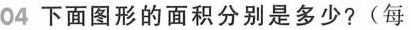
04下面图形的面积分别是多少?(每